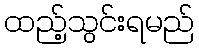
ထည့်သွင်းရမည်